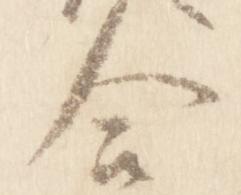
合